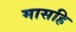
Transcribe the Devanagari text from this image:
मासहि